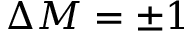
\Delta M = \pm 1